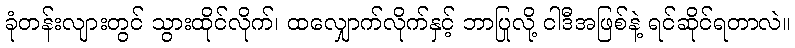
ခုံတန်းလျားတွင် သွားထိုင်လိုက်၊ ထလျှောက်လိုက်နှင့် ဘာပြုလို့ ငါဒီအဖြစ်နဲ့ ရင်ဆိုင်ရတာလဲ။